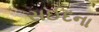
સઈદના